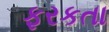
ફરકતા